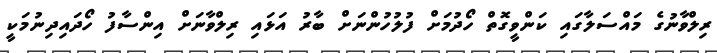
ރިލްވާނުގެ މައްސަލާގައި ކަންވީގޮތް ހޯދުމަށް ފުލުހުންނަށް ބާރު އަޅައި ރިލްވާނަށް އިންސާފު ހޯދައިދިނުމަކީ